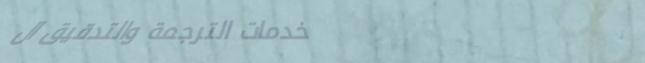
خدمات الترجمة والتدقيق ال